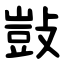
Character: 敱